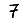
Digit: 7